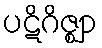
ပဋိဂိဇ္ဈာ